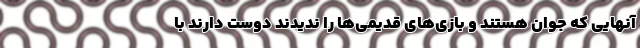
آنهایی که جوان هستند و بازی‌های قدیمی‌‌ها را ندیدند دوست دارند با